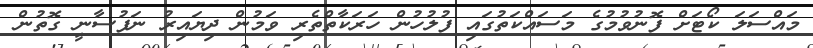
މައްސަލަ ކޯޓަށް ފޮނުވުމުގެ މަސައްކަތުގައި ފުލުހުން ހަރަކާތްތެރި ވަމުން ދިޔައިރު ނަފުސާނީ ގޮތުން